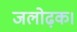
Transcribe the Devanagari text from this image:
जलोढ़क।